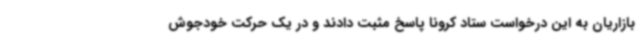
بازاریان به این درخواست ستاد کرونا پاسخ مثبت دادند و در یک حرکت خودجوش